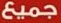
جميع